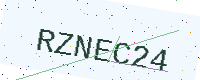
Text: RZNEC24